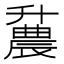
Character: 𫧪